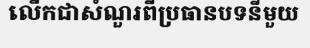
លើកជាសំណួរពីប្រធានបទនីមួយ